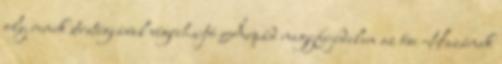
oly remek stratégiával végrehajtó Árpád nagyfejedelem az ősi Hazának